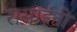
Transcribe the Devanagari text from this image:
ससाईंनी